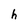
Character: h